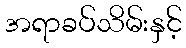
အရာခပ်သိမ်းနှင့်